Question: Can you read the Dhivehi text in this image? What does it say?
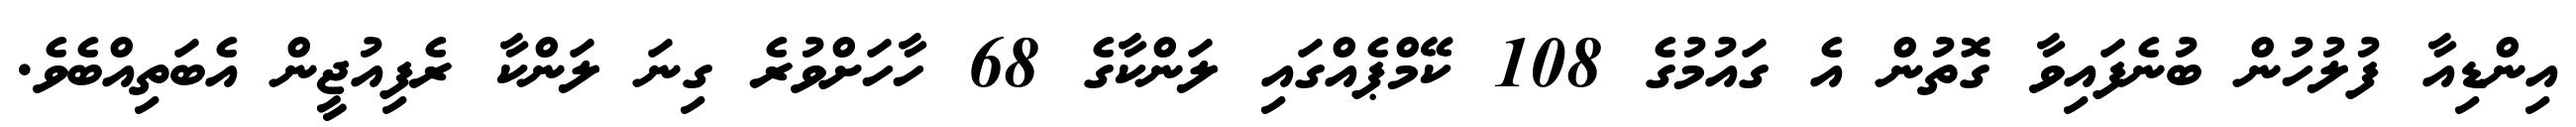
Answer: އިންޑިއާ ފުލުހުން ބުނެފައިވާ ގޮތުން އެ ގައުމުގެ 108 ކޭމްޕެއްގައި ލަންކާގެ 68 ހާހަށްވުރެ ގިނަ ލަންކާ ރެފިއުޖީން އެބަތިއްބެވެ.